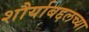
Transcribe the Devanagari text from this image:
शौर्याबद्दलच्या